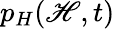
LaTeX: p_{H}(\mathscr{H},t)